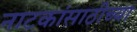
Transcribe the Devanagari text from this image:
नाटकांसाठीच्या